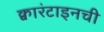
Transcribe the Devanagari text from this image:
क्वारंटाइनची